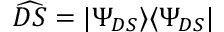
\widehat { D S } = | \Psi _ { D S } \rangle \langle \Psi _ { D S } |